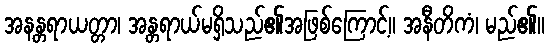
အနန္တရာယတ္တာ၊ အန္တရာယ်မရှိသည်၏အဖြစ်ကြောင့်။ အနီတိကံ၊ မည်၏။